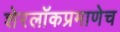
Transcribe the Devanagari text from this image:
शेरलाॅकप्रमाणेच